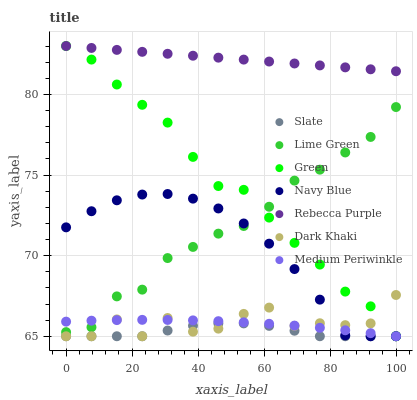
| xaxis_label | Slate | Lime Green | Green | Navy Blue | Rebecca Purple | Dark Khaki | Medium Periwinkle |
 | --- | --- | --- | --- | --- | --- | --- | --- |
 | 0 | 65 | 65.3 | 83 | 71.8 | 83 | 65 | 65.9 |
 | 7.69 | 65 | 65.6 | 82.2 | 72.8 | 82.9 | 65 | 66 |
 | 15.4 | 65 | 67.5 | 80.6 | 73.4 | 82.8 | 66 | 66 |
 | 23.1 | 65 | 67.9 | 79.4 | 73.8 | 82.6 | 65 | 66 |
 | 30.8 | 65.4 | 69.8 | 78.3 | 73.8 | 82.5 | 66.1 | 66 |
 | 38.5 | 65.7 | 70.5 | 76.1 | 73.5 | 82.4 | 65.3 | 66 |
 | 46.2 | 65.8 | 71.4 | 74.3 | 72.9 | 82.3 | 65.5 | 65.9 |
 | 53.8 | 65.8 | 71.8 | 74.1 | 72 | 82.2 | 66.4 | 65.9 |
 | 61.5 | 65.6 | 73 | 72.4 | 70.7 | 82 | 66.8 | 65.8 |
 | 69.2 | 65.3 | 74.7 | 70.8 | 69.2 | 81.9 | 65.6 | 65.7 |
 | 76.9 | 65 | 75.3 | 69.4 | 67.3 | 81.8 | 65.8 | 65.5 |
 | 84.6 | 65 | 76.4 | 67.8 | 65.1 | 81.7 | 65.7 | 65.4 |
 | 92.3 | 65 | 77.4 | 66.9 | 65 | 81.6 | 65.8 | 65.2 |
 | 100 | 65 | 79.2 | 65 | 65 | 81.4 | 67.6 | 65 |